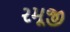
રમૂજી